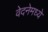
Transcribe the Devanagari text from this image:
वेदनेमध्ये